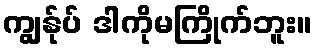
ကျွန်ုပ် ဒါကိုမကြိုက်ဘူး။